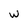
Character: W